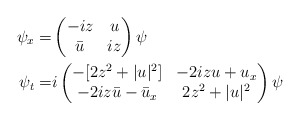
\begin{align*}\psi_x = &\left(\begin{matrix} -iz & u \\ \bar u &iz \end{matrix} \right) \psi \\\psi_t = & i\left(\begin{matrix}-[2z^2 +|u|^2] & -2izu+u_x \\-2 i z\bar u - \bar u_x & 2z^2 +|u|^2\end{matrix}\right)\psi \end{align*}